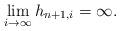
LaTeX: \begin{align*}\lim_{i\rightarrow\infty}h_{n+1,i}=\infty.\end{align*}